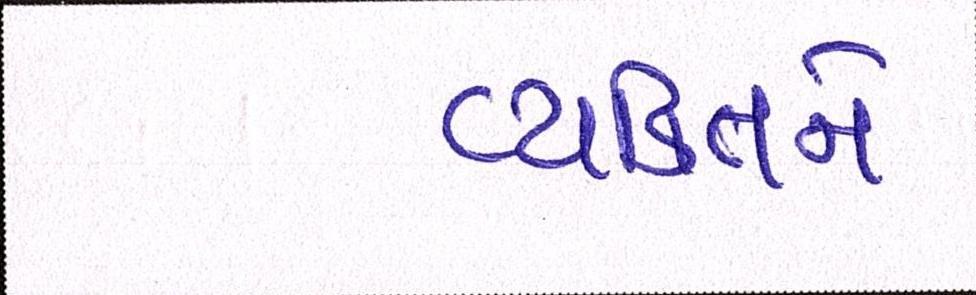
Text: વ્યકિતને